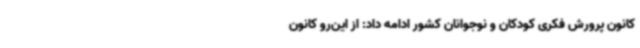
کانون پرورش فکری کودکان و نوجوانان کشور ادامه داد: از این‌رو کانون